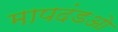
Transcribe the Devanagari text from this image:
मापदंडओ